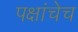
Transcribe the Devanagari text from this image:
पक्षांचेच